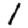
Digit: 1